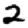
Digit: 2